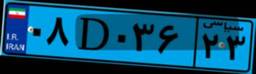
۰۸D۰۳۶۲۳